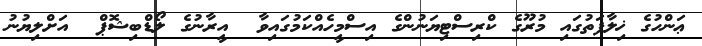
ޢަންހުގެ ޚިލާފަތުގައި މުރޫގެ ކްރިސްޓިޔަނުންގެ އިސްމީހެއްކަމުގައިވާ  އީރާނުގެ ލޯޑްބިޝޮޕް  އަށްލިޔުނު